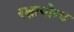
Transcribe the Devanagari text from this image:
रक्षायोग्य